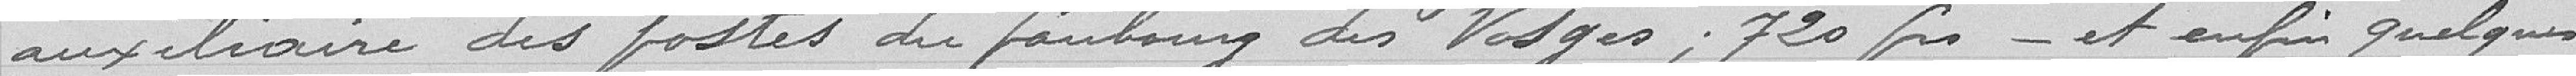
auxiliaire des postes du faubourg des Vosges ; 720 francs et enfin quelques